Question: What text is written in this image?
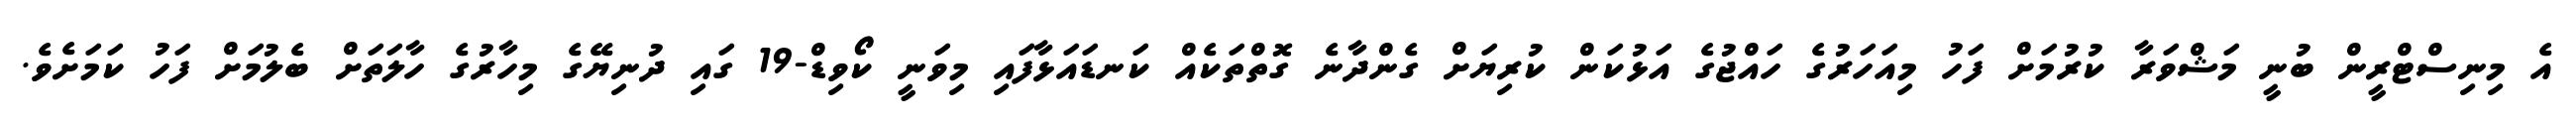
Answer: އެ މިނިސްޓްރީން ބުނީ މަޝްވަރާ ކުރުމަށް ފަހު މިއަހަރުގެ ހައްޖުގެ އަޅުކަން ކުރިޔަށް ގެންދާނެ ގޮތްތަކެއް ކަނޑައަޅާފައި މިވަނީ ކޯވިޑް-19 ގައި ދުނިޔޭގެ މިހާރުގެ ހާލަތަށް ބެލުމަށް ފަހު ކަމަށެވެ.